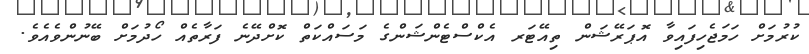
ކުރުމަށް ހަމަޖެހިފައިވާ އޮޕަރޭޝަން ތިއޭޓަރ އެކްސްޓެންޝަންގެ މަސައްކަތް ކޮށްދޭނެ ފަރާތެއް ހޯދުމަށް ބޭނުންވެއެވެ.